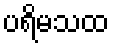
ပရိမသထ